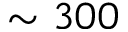
\sim 3 0 0